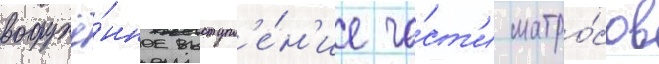
вооружё́нное выступл'е́н'ие ча́ст'и матро́сов